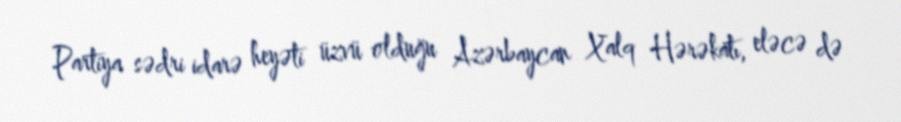
Partiya sədri idarə heyəti üzvü olduğu Azərbaycan Xalq Hərəkatı, eləcə də